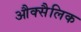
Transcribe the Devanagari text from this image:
औक्सैलिक